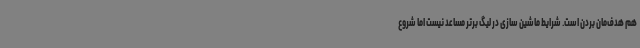
هم هدف‌مان بردن است. شرایط ماشین سازی در لیگ برتر مساعد نیست اما شروع